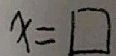
x = \square